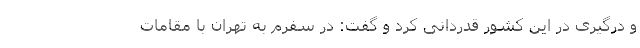
و درگیری در این کشور قدردانی کرد و گفت: در سفرم به تهران با مقامات